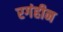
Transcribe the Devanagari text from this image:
रगंहीन